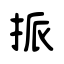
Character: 挀